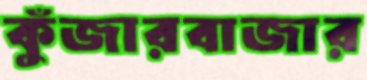
কুঁজারবাজার